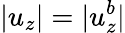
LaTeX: |u_{z}|=|u_{z}^{b}|